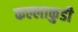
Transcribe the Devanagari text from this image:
कल्लाकुडी